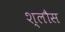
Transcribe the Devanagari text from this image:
श्लौस